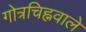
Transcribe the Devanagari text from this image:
गोत्रचिह्नवाले